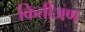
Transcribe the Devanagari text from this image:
कितीजण